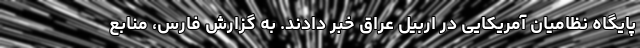
پایگاه نظامیان آمریکایی در اربیل عراق خبر دادند. به گزارش فارس، منابع